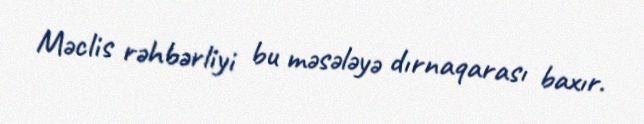
Məclis rəhbərliyi bu məsələyə dırnaqarası baxır.